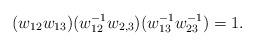
LaTeX: \begin{align*}(w_{12} w_{13}) (w_{12}^{-1} w_{2,3}) (w_{13}^{-1} w_{23}^{-1}) = 1.\end{align*}